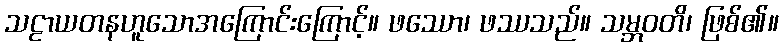
သဠာယတနဟူသောအကြောင်းကြောင့်။ ဖဿော၊ ဖဿသည်။ သမ္ဘဝတိ၊ ဖြစ်၏။